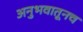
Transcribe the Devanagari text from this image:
अनुभवातूनच